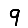
Digit: 9